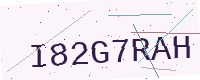
Text: I82G7RAH